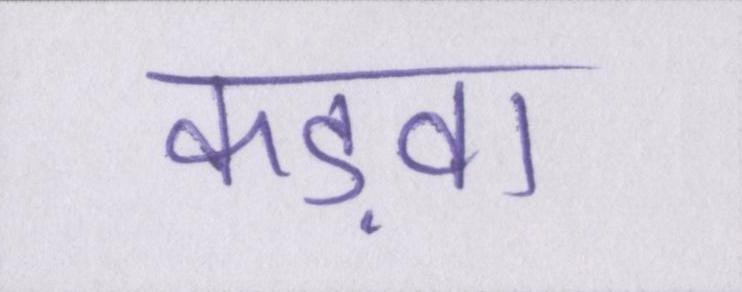
कड़वा